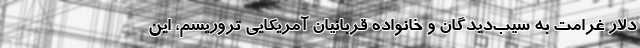
دلار غرامت به سیب‌دیدگان و خانواده قربانیان آمریکایی تروریسم، این